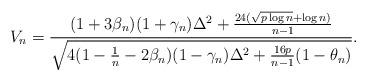
LaTeX: \begin{align*}V_n = {(1+3\beta_n) (1+\gamma_n) \Delta^2 + {24 (\sqrt{p \log{n}} + \log{n}) \over n-1} \over \sqrt{4(1-{1\over n}-2\beta_n) (1-\gamma_n) \Delta^2 + {16p \over n-1} (1-\theta_n)} }.\end{align*}